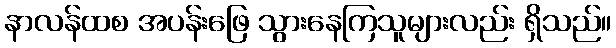
နာလန်ထစ အပန်းဖြေ သွားနေကြသူများလည်း ရှိသည်။